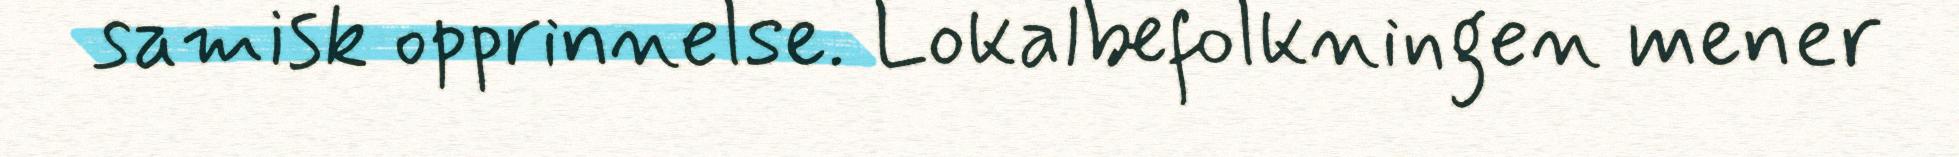
samisk opprinnelse. Lokalbefolkningen mener